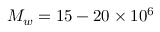
M _ { w } = 1 5 - 2 0 \times 1 0 ^ { 6 }